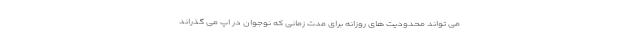
می تواند محدودیت های روزانه برای مدت زمانی که نوجوان در اپ می گذراند